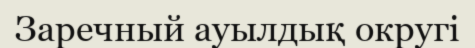
Заречный ауылдық округі